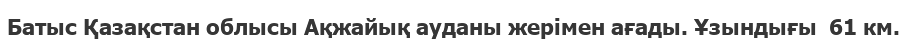
Батыс Қазақстан облысы Ақжайық ауданы жерімен ағады. Ұзындығы  61 км.